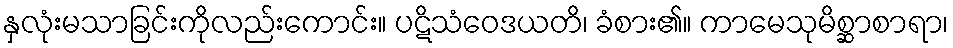
နှလုံးမသာခြင်းကိုလည်းကောင်း။ ပဋိသံဝေဒယတိ၊ ခံစား၏။ ကာမေသုမိစ္ဆာစာရာ၊